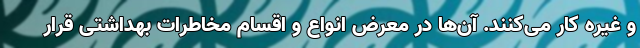
و غیره کار می‌کنند. آن‌ها در معرض انواع و اقسام مخاطرات بهداشتی قرار